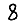
Digit: 8